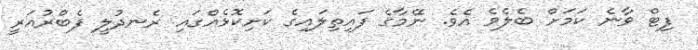
ފިޓް ވާނެ ކަމަށް ބެލެވެ އެވެ. ނޭމާގެ ފައިތިލައިގެ ކަށިކޮޅެއްގައި ރެނދުލީ ފެބްރުއަރީ